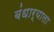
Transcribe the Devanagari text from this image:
बंधार्‍याला